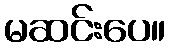
မဆင်းပေ။